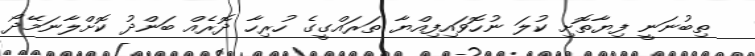
ތިބުނަނީ ފިޔާތޮށި ކުލަ ނުހޮވައިފިއްޔާ ތަރައްގީގެ ހުރިހާ ދޮރެއް ބަންދު ކޮށްލާނަމޭދޯ